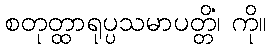
စတုတ္ထာရုပ္ပသမာပတ္တိံ၊ ကို။